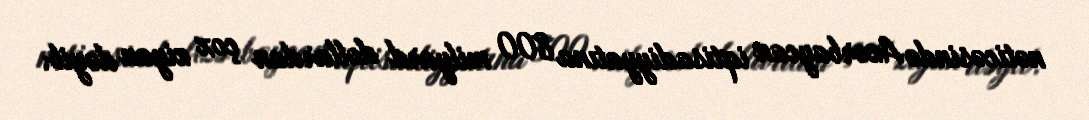
nəticəsində Azərbaycan iqtisadiyyatına 800 milyard dollardan çox ziyan dəyib.